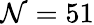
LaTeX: \mathcal{N}=51